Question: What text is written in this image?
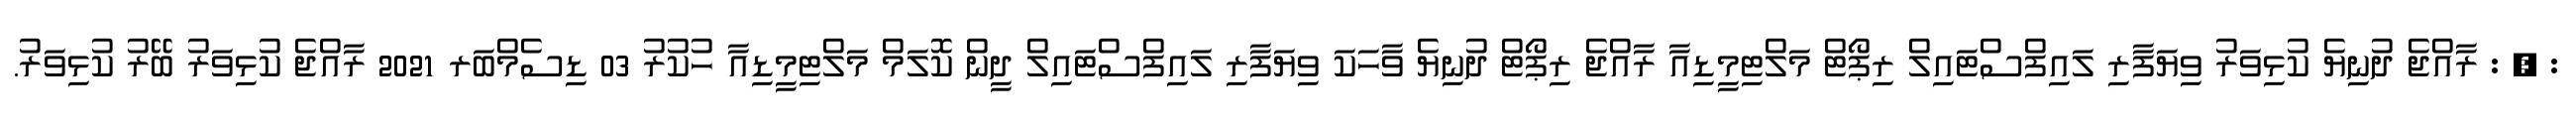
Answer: : , : ރާއްޖެ ދުނިޔެ ކުޅިވަރު ވިޔަފާރި ލައިފްސްޓައިލް ރިޕޯޓް މަލްޓިމީޑިއާ ރާއްޖެ ރިޕޯޓް ދުނިޔެ ވާހަކަ ވިޔަފާރި ލައިފްސްޓައިލް ދީން ކޮލަމް މަލްޓިމީޑިއާ ހުކުރު 03 ޑިސެމްބަރ 2021 ރާއްޖެ ކުޅިވަރު ބޭރު ކުޅިވަރު.